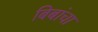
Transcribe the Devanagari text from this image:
बिबांचा